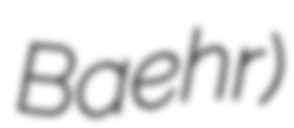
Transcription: Baehr)